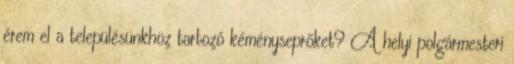
érem el a településünkhöz tartozó kéményseprőket? A helyi polgármesteri